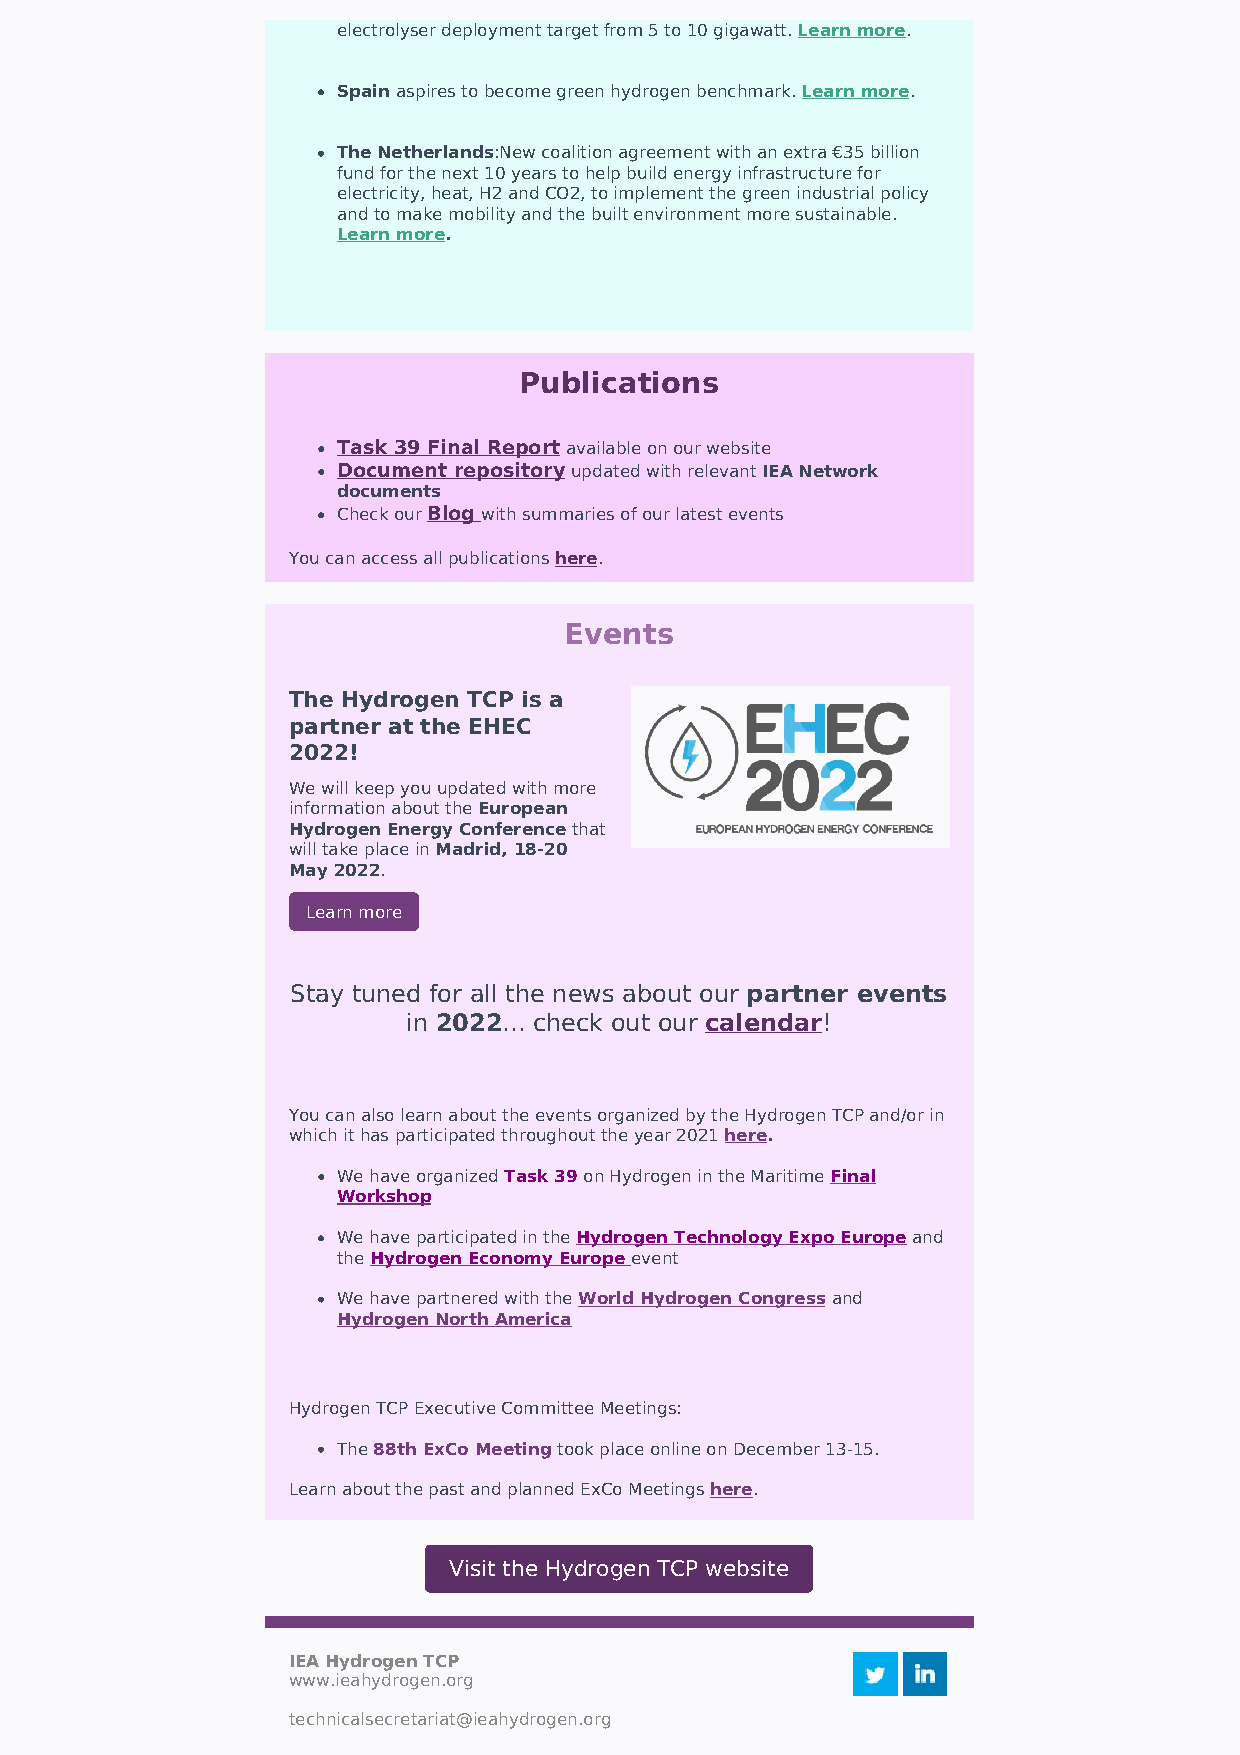
electrolyser deployment target from 5 to 10 gigawatt. Learn more.
 Spain aspires to become green hydrogen benchmark. Learn more.
 The Netherlands:New coalition agreement with an extra €35 billion
 fund for the next 10 years to help build energy infrastructure for
 electricity, heat, H2 and CO2, to implement the green industrial policy
 and to make mobility and the built environment more sustainable.
 Learn more.
 Publications
 Task 39 Final Report available on our website
 Document repository updated with relevant IEA Network
 documents
 Check our Blog with summaries of our latest events
 You can access all publications here.
 Events
 The Hydrogen TCP is a
 partner at the EHEC
 2022!
 We will keep you updated with more
 information about the European
 Hydrogen Energy Conference that
 will take place in Madrid, 18-20
 May 2022.
 Learn more
 Stay tuned for all the news about our partner events
 in 2022... check out our calendar!
 You can also learn about the events organized by the Hydrogen TCP and/or in
 which it has participated throughout the year 2021 here.
 We have organized Task 39 on Hydrogen in the Maritime Final
 Workshop
 We have participated in the Hydrogen Technology Expo Europe and
 the Hydrogen Economy Europe event
 We have partnered with the World Hydrogen Congress and
 Hydrogen North America
 Hydrogen TCP Executive Committee Meetings:
 The 88th ExCo Meeting took place online on December 13-15.
 Learn about the past and planned ExCo Meetings here.
 Visit the Hydrogen TCP website
 IEA Hydrogen TCP
 www.ieahydrogen.org
 technicalsecretariat@ieahydrogen.org